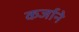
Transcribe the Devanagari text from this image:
कर्जाने